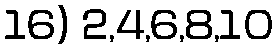
16) 2,4,6,8,10